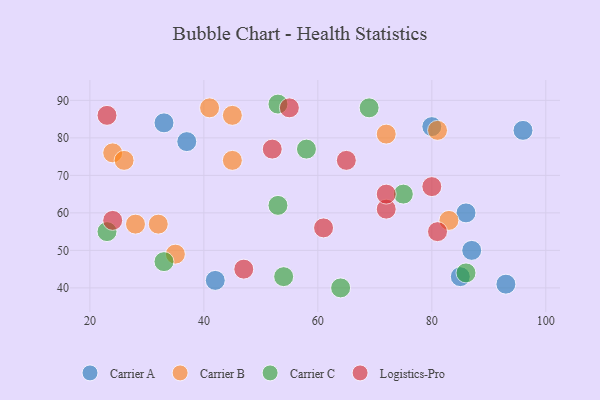
{"axis": {"x": "GDP", "y": "Life Expectancy"}, "legend": ["Carrier A", "Carrier B", "Carrier C", "Logistics-Pro"], "data": [{"x": "33", "y": 84, "type": "Carrier A"}, {"x": "96", "y": 82, "type": "Carrier A"}, {"x": "87", "y": 50, "type": "Carrier A"}, {"x": "93", "y": 41, "type": "Carrier A"}, {"x": "37", "y": 79, "type": "Carrier A"}, {"x": "86", "y": 60, "type": "Carrier A"}, {"x": "42", "y": 42, "type": "Carrier A"}, {"x": "80", "y": 83, "type": "Carrier A"}, {"x": "85", "y": 43, "type": "Carrier A"}, {"x": "41", "y": 88, "type": "Carrier B"}, {"x": "81", "y": 82, "type": "Carrier B"}, {"x": "28", "y": 57, "type": "Carrier B"}, {"x": "32", "y": 57, "type": "Carrier B"}, {"x": "72", "y": 81, "type": "Carrier B"}, {"x": "83", "y": 58, "type": "Carrier B"}, {"x": "35", "y": 49, "type": "Carrier B"}, {"x": "24", "y": 76, "type": "Carrier B"}, {"x": "45", "y": 86, "type": "Carrier B"}, {"x": "26", "y": 74, "type": "Carrier B"}, {"x": "45", "y": 74, "type": "Carrier B"}, {"x": "86", "y": 44, "type": "Carrier C"}, {"x": "54", "y": 43, "type": "Carrier C"}, {"x": "58", "y": 77, "type": "Carrier C"}, {"x": "53", "y": 89, "type": "Carrier C"}, {"x": "75", "y": 65, "type": "Carrier C"}, {"x": "69", "y": 88, "type": "Carrier C"}, {"x": "33", "y": 47, "type": "Carrier C"}, {"x": "23", "y": 55, "type": "Carrier C"}, {"x": "64", "y": 40, "type": "Carrier C"}, {"x": "53", "y": 62, "type": "Carrier C"}, {"x": "23", "y": 86, "type": "Logistics-Pro"}, {"x": "61", "y": 56, "type": "Logistics-Pro"}, {"x": "80", "y": 67, "type": "Logistics-Pro"}, {"x": "72", "y": 61, "type": "Logistics-Pro"}, {"x": "24", "y": 58, "type": "Logistics-Pro"}, {"x": "47", "y": 45, "type": "Logistics-Pro"}, {"x": "52", "y": 77, "type": "Logistics-Pro"}, {"x": "65", "y": 74, "type": "Logistics-Pro"}, {"x": "55", "y": 88, "type": "Logistics-Pro"}, {"x": "81", "y": 55, "type": "Logistics-Pro"}, {"x": "72", "y": 65, "type": "Logistics-Pro"}]}